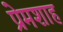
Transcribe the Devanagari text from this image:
प्रेमशाह